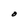
Character: O